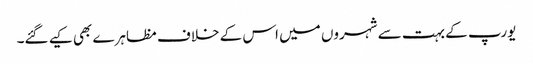
یورپ کے بہت سے شہروں میں اس کے خلاف مظاہرے بھی کیے گئے۔